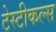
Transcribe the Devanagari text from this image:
टेस्टीकल्स